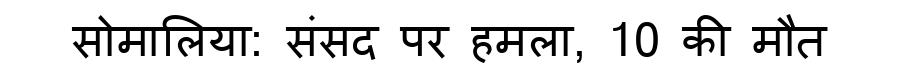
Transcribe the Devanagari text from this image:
सोमालिया: संसद पर हमला, 10 की मौत